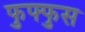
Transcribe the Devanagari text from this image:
फुफ्‍फुस